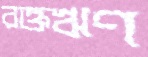
রক্তঋণ